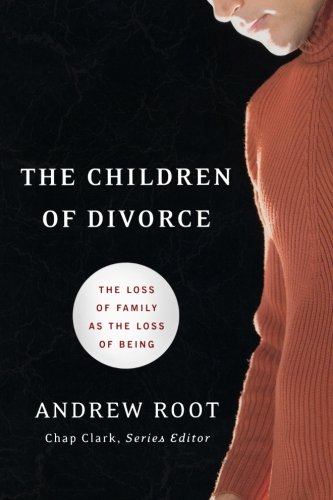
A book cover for The Children of Divorce: The Loss of Family as the Loss of Being (Youth, Family, and Culture); Andrew Root; Christian Books & Bibles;